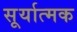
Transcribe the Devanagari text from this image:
सूर्यात्मक